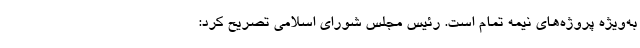
به‌ویژه پروژه‌های نیمه تمام است. رئیس مجلس شورای اسلامی تصریح کرد: